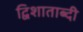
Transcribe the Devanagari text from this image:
द्विशाताब्दी